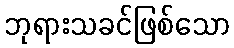
ဘုရားသခင်ဖြစ်သော